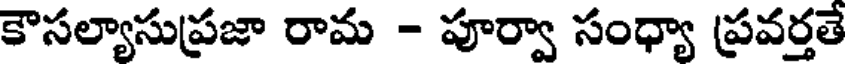
కౌసల్యాసుప్రజా రామ - పూర్వా సంధ్యా ప్రవర్తతే